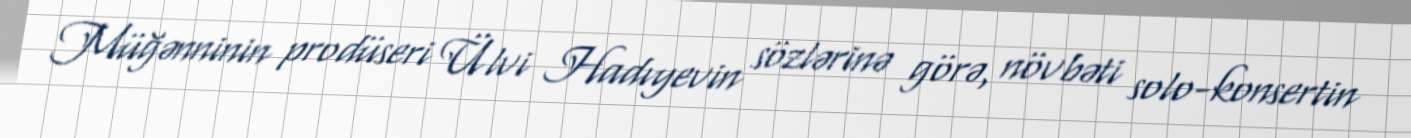
Müğənninin prodüseri Ülvi Hadıyevin sözlərinə görə, növbəti solo-konsertin